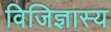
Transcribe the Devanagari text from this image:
विजिज्ञास्य